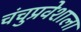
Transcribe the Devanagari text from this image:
चंचुप्रवेशाला